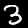
Label: 3